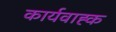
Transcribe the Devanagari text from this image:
कार्यवाह्क